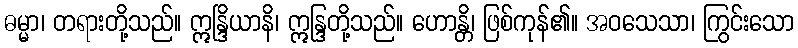
ဓမ္မာ၊ တရားတို့သည်။ ဣန္ဒြိယာနိ၊ ဣန္ဒြတို့သည်။ ဟောန္တိ၊ ဖြစ်ကုန်၏။ အဝသေသာ၊ ကြွင်းသော